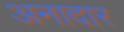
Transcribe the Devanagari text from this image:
अनादार